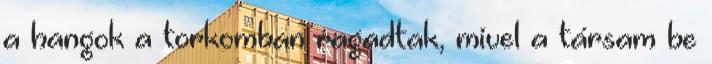
a hangok a torkomban ragadtak, mivel a társam be